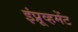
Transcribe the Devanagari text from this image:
इंप्रूव्हमेंट